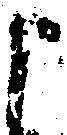
申